Indian journal of veterinary science and animal husbandry - Volumes 22-23, 1952-1953
Year: 1952
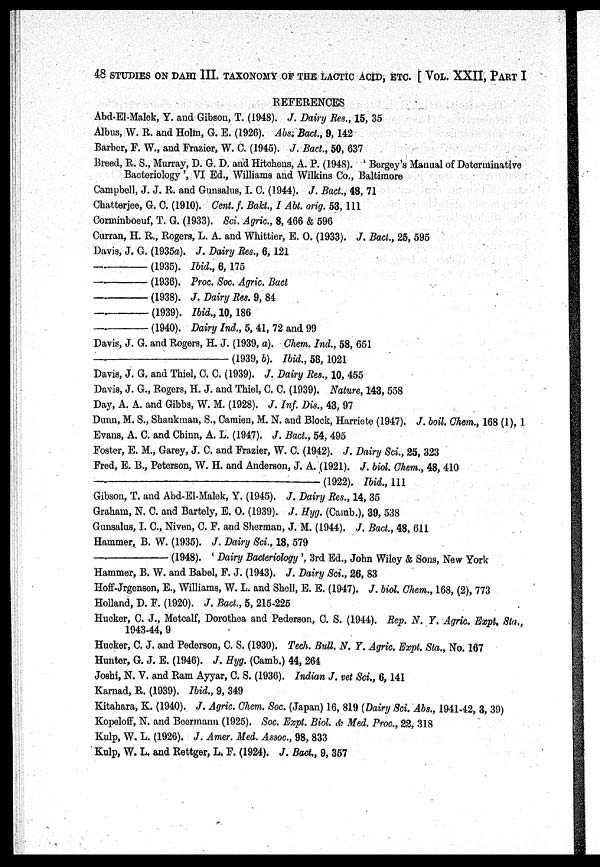
48 STUDIES ON DAHI III. TAXONOMY OF THE LACTIC ACID, ETC. [ VOL. XXII, PART I
REFERENCES
Abd-El-Malck, Y. and Gibson, T. (1948). J. Dairy Res., 15, 35
Albus, W. R. and Holm, G. E. (1926). Abs. Boct., 9, 142
Barber, F. W., and Frazier, W. C. (1945). J. Bact., 50, 637
Breed, R. S., Murray, D. G. D. and Hitchens, A. P. (194S). ' Bergey's Manual of Determinative
Bacteriology', VI Ed., Williams and Wilkins Co., Baltimore
Campbell, J. J. R. and Gunsalus, I. C. (1944). J. Bact., 48, 71
Chatterjee, G. C. (1910). Gent. f. Bakt., I Abt. orig. 53, 111
Corminboeuf, T. G. (1933). Sci. Agric, 8, 466 & 596
Curran, H. R., Rogers, L. A. and Whittier, E. 0. (1933). J. Bact., 25, 595
Davis, J. G. (1935a). J. Dairy Res., 6, 121
—(1935).
Ibid., 6, 175
—(1936).
Proc. Soc. Agric. Bad
—(1938).
J. Dairy Res. 9, 84
—(1939).
Ibid., 10, 186
—(1940).
Dairy Ind., 5, 41, 72 and 99
Davis, J. G. and Rogers, H. J. (1939, a). Chem. Ind., 58, 651
—(1939,
b). Ibid., 58, 1021
Davis, J. G. and Thiel, C. C. (1939). J. Dairy Res., 10, 455
Davis, J. G., Rogers, H. J. and Thiel, C. C. (1939). Nature, 143, 558
Day, A. A. and Gibbs, W. M. (1928). J. Inf. Dis., 43, 97
Dunn, M. S., Shaukman, S., Camien, M. N. and Block, Harriote (1947). J. boil. Chem., 168 (1), 1
Evans, A. C. and Chinn, A. L. (1947). J. Bact., 54, 495
Foster, E. M., Garey, J. C. and Frazier, W. C. (1942). J. Dairy Sci., 25, 323
Fred, E. B., Peterson, W. H. and Anderson, J. A. (1921). J. biol. Chem., 48, 410
—(1922).
Ibid., 111
Gibson, T. and Abd-El-Malok, Y. (1945). J. Dairy Res., 14, 35
Graham, N. C. and Bartely, E. O. (1939). J. Hyg. (Camb.), 39, 538
Gunsalus, I. C., Niven, C. F. and Sherman, J. M. (1944). J. Bact., 48, 611
Hammer, B. W. (1935). J. Dairy Sci., 18, 579
—(1948).
'
Dairy Bacteriology ', 3rd Ed., John Wiley & Sons, New York
Hammer, B. W. and Babel, F. J. (1943). J. Dairy Sci., 26, 83
Hoff-Jrgensen, E., Williams, W. L. and Shell, E. E. (1947). J. biol. Chem., 168, (2), 773
Holland, D. F. (1920). J. Bact., 5, 215-225
Hucker, C. J., Metcalf, Dorothea and Pedorson, C. S. (1944). Rep. N. Y. Agric. Expt. Sta.,
1943-44, 9
Hucker, C. J. and Pederson, C. S. (1930). Tech. Bull. N. Y. Agric. Expt. Sta., No. 167
Hunter, G. J. E. (1946). J. Hyg. (Camb.) 44, 264
Joshi, N. V. and Ram Ayyar, C. S. (1936). Indian J. vet Sci., 6,141
Karnad, R. (1939). Ibid., 9, 349
Kitahara, K. (1940). J. Agric. Chem. Soc. (Japan) 16, 819 (Dairy Sci. Abs., 1941-42, 3, 39)
Kopoloff, N. and Beermann (1925). Soc. Expt. Biol. & Med. Proc., 22, 318
Kulp, W. L. (1926). J. Amer. Med. Assoc, 98, 833
Kulp, W. L. and Rettger, L. F. (1924). J. Bact., 9, 357